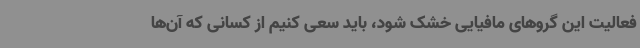
فعالیت این گروهای مافیایی خشک شود، باید سعی کنیم از کسانی که آن‌ها